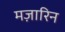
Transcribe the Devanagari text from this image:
मज़ारिन